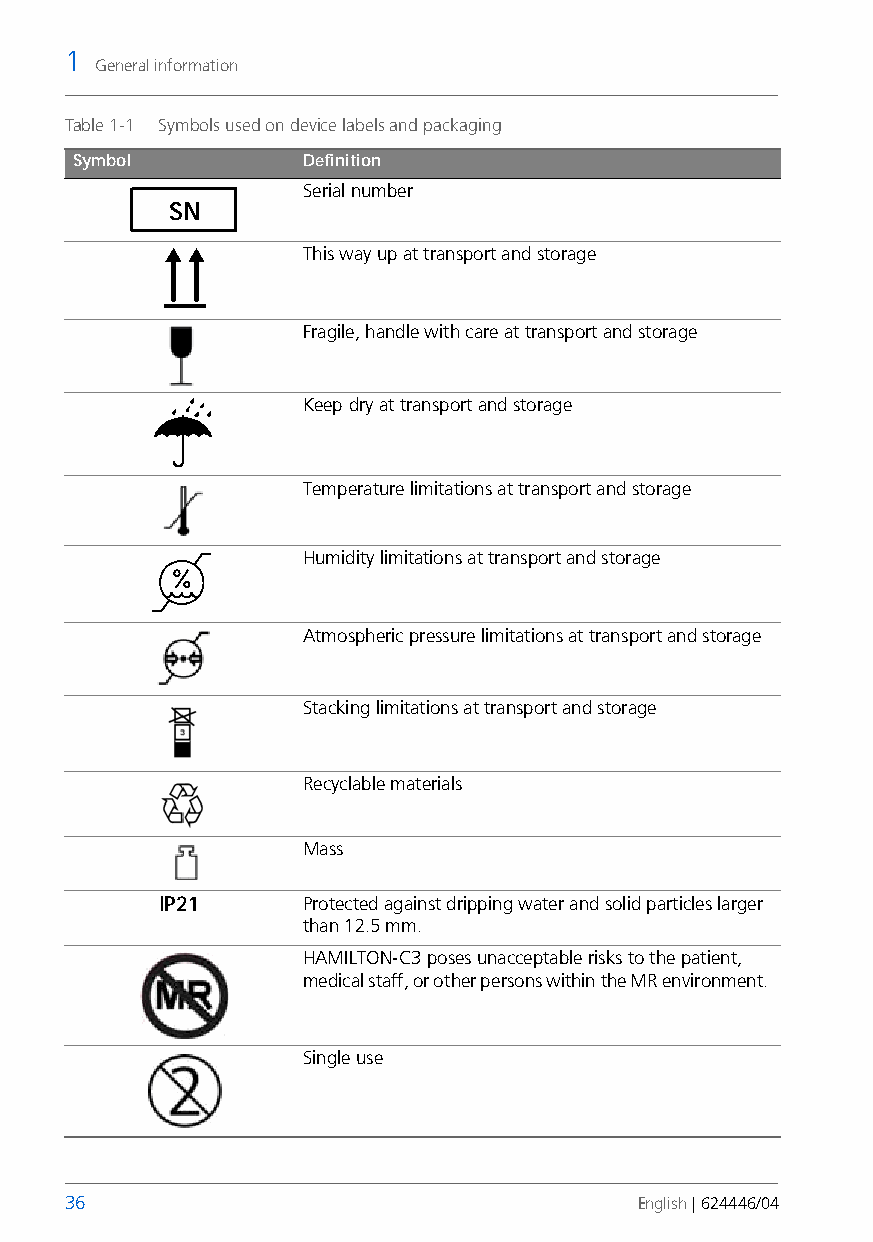
1
 General information
 Table 1-1 Symbols used on device labels and packaging
 Symbol         Definition
 Serial number
 SN
 This way up at transport and storage
 Fragile, handle with care at transport and storage
 Keep dry at transport and storage
 Temperature limitations at transport and storage
 Humidity limitations at transport and storage
 Atmospheric pressure limitations at transport and storage
 Stacking limitations at transport and storage
 Recyclable materials
 Mass
 IP21     Protected against dripping water and solid particles larger
 than 12.5 mm.
 HAMILTON-C3 poses unacceptable risks to the patient,
 medical staff, or other persons within the MR environment.
 Single use
 36                                    English | 624446/04